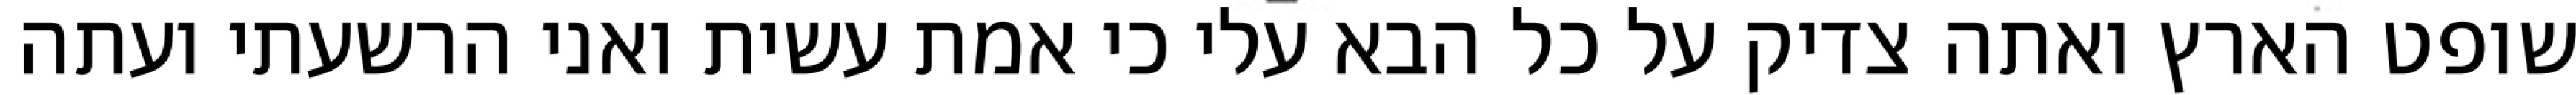
שופט הארץ ואתה צדיק על כל הבא עלי כי אמת עשית ואני הרשעתי ועתה